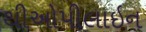
થીઓપીલાઇન